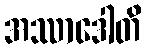
အဿာဒေါတိ